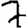
Digit: 7